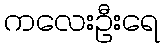
ကလေးဦးရေ